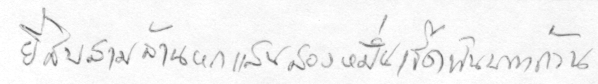
ยี่สิบสามล้านหกแสนสองหมื่นเจ็ดพันบาทถ้วน